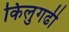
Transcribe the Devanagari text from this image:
किलुगढी